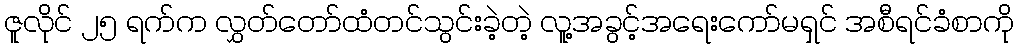
ဇူလိုင် ၂၅ ရက်က လွှတ်တော်ထံတင်သွင်းခဲ့တဲ့ လူ့အခွင့်အရေးကော်မရှင် အစီရင်ခံစာကို